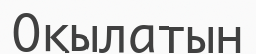
Оқылатын